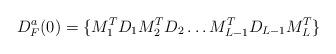
LaTeX: \begin{align*}D^a_F(0) = \{M_1^T D_1 M_2^TD_2 \ldots M_{L-1}^T D_{L-1} M_L^T\}\end{align*}